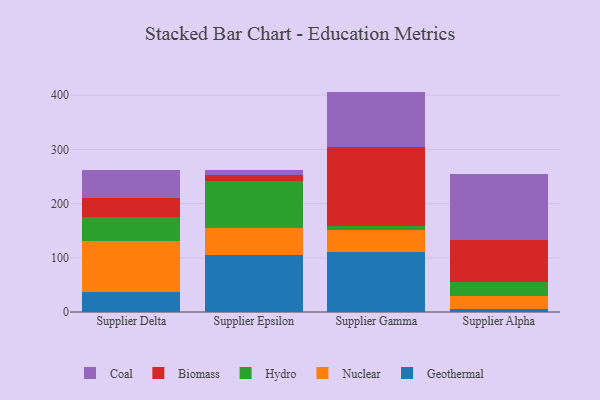
{"axis": {"x": "Supplier", "y": "Shipments"}, "legend": ["Biomass", "Coal", "Geothermal", "Hydro", "Nuclear"], "data": [{"x": "Supplier Delta", "y": 36.8, "type": "Geothermal"}, {"x": "Supplier Delta", "y": 93.6, "type": "Nuclear"}, {"x": "Supplier Delta", "y": 44.4, "type": "Hydro"}, {"x": "Supplier Delta", "y": 34.8, "type": "Biomass"}, {"x": "Supplier Delta", "y": 52.7, "type": "Coal"}, {"x": "Supplier Epsilon", "y": 105.0, "type": "Geothermal"}, {"x": "Supplier Epsilon", "y": 50.0, "type": "Nuclear"}, {"x": "Supplier Epsilon", "y": 87.0, "type": "Hydro"}, {"x": "Supplier Epsilon", "y": 10.5, "type": "Biomass"}, {"x": "Supplier Epsilon", "y": 9.7, "type": "Coal"}, {"x": "Supplier Gamma", "y": 111.4, "type": "Geothermal"}, {"x": "Supplier Gamma", "y": 39.5, "type": "Nuclear"}, {"x": "Supplier Gamma", "y": 8.5, "type": "Hydro"}, {"x": "Supplier Gamma", "y": 145.0, "type": "Biomass"}, {"x": "Supplier Gamma", "y": 102.4, "type": "Coal"}, {"x": "Supplier Alpha", "y": 5.4, "type": "Geothermal"}, {"x": "Supplier Alpha", "y": 24.1, "type": "Nuclear"}, {"x": "Supplier Alpha", "y": 26.0, "type": "Hydro"}, {"x": "Supplier Alpha", "y": 78.2, "type": "Biomass"}, {"x": "Supplier Alpha", "y": 121.0, "type": "Coal"}]}